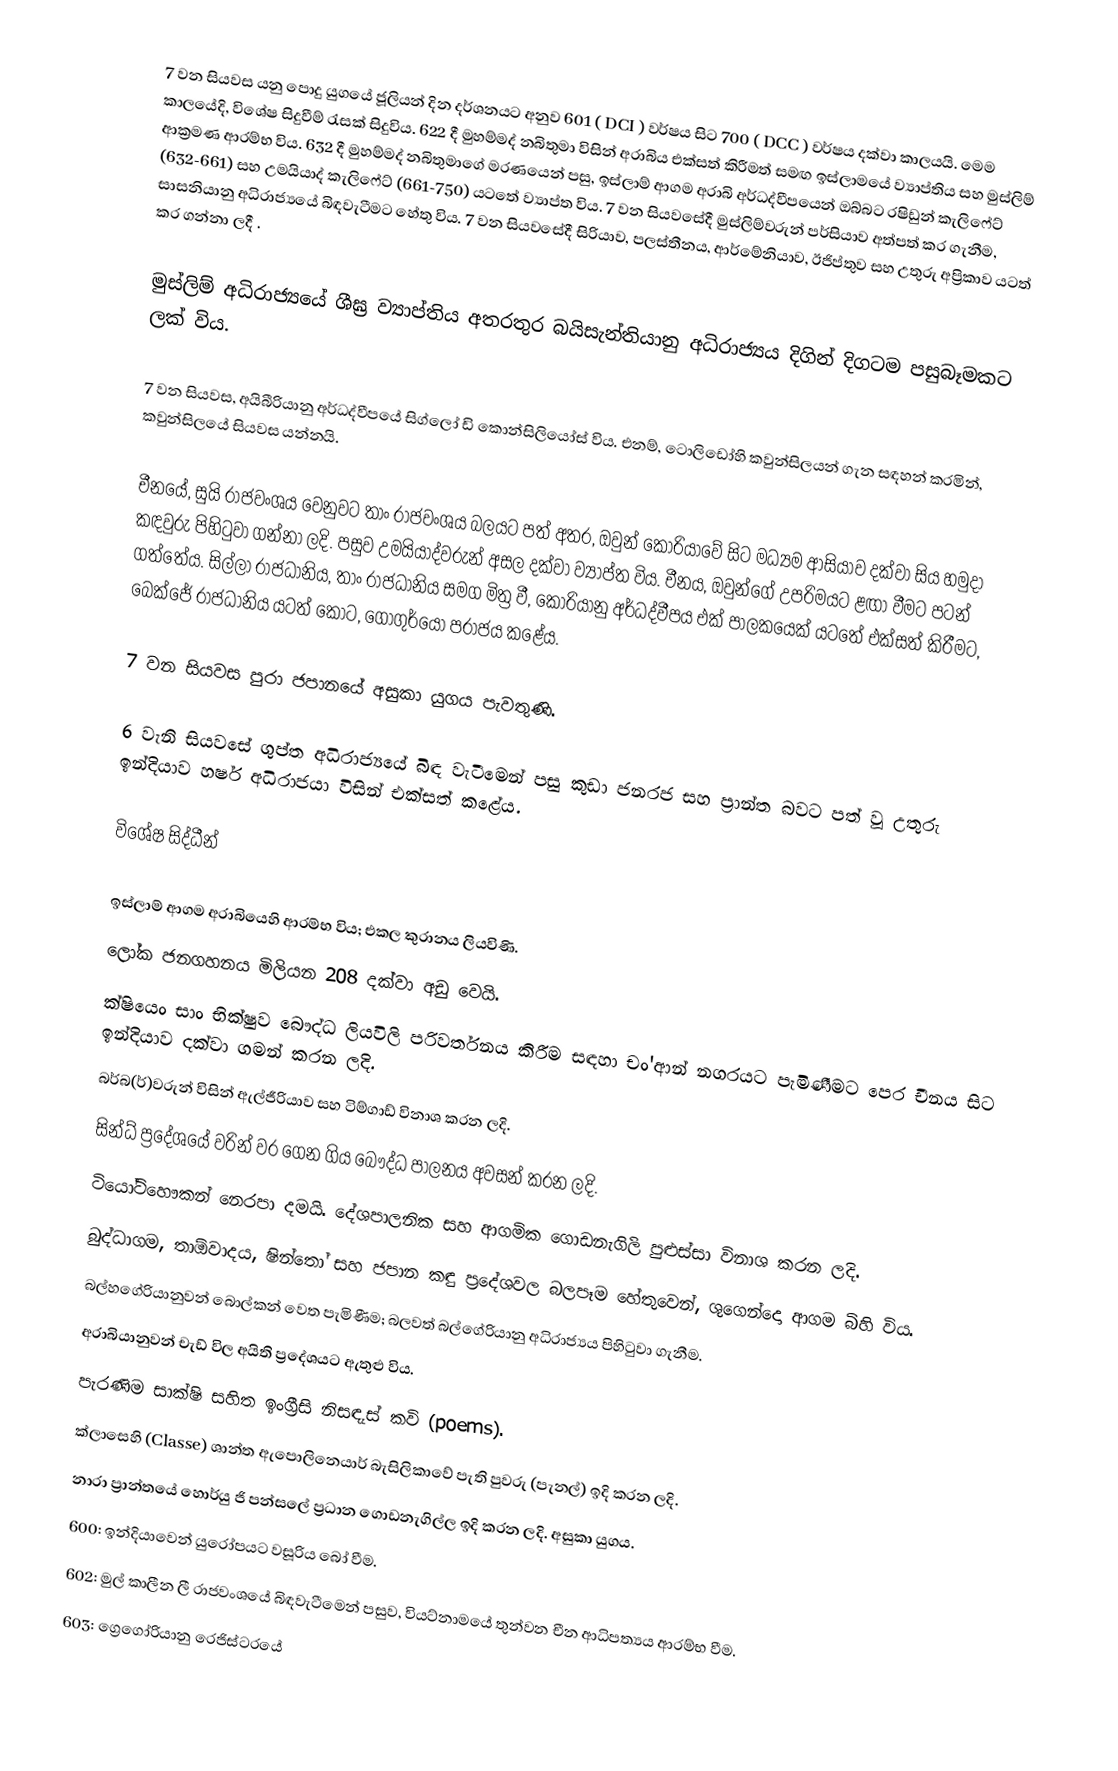
7 වන සියවස යනු පොදු යුගයේ ජූලියන් දින දර්ශනයට අනුව 601 ( DCI ) වර්ෂය සිට 700 ( DCC ) වර්ෂය දක්වා කාලයයි. මෙම කාලයේදි, විශේෂ සිදුවීම් රැසක් සිදුවිය. 622 දී මුහම්මද් නබිතුමා විසින් අරාබිය එක්සත් කිරීමත් සමඟ ඉස්ලාමයේ ව්‍යාප්තිය සහ මුස්ලිම් ආක්‍රමණ ආරම්භ විය. 632 දී මුහම්මද් නබිතුමාගේ මරණයෙන් පසු, ඉස්ලාම් ආගම අරාබි අර්ධද්වීපයෙන් ඔබ්බට රෂිඩුන් කැලිෆේට් (632-661) සහ උමයියාද් කැලිෆේට් (661-750) යටතේ ව්‍යාප්ත විය. 7 වන සියවසේදී මුස්ලිම්වරුන් පර්සියාව අත්පත් කර ගැනීම, සාසනියානු අධිරාජ්‍යයේ බිඳවැටීමට හේතු විය. 7 වන සියවසේදී සිරියාව, පලස්තීනය, ආර්මේනියාව, ඊජිප්තුව සහ උතුරු අප්‍රිකාව යටත් කර ගන්නා ලදී .

මුස්ලිම් අධිරාජ්‍යයේ ශීඝ්‍ර ව්‍යාප්තිය අතරතුර බයිසැන්තියානු අධිරාජ්‍යය දිගින් දිගටම පසුබෑමකට ලක් විය.

7 වන සියවස, අයිබීරියානු අර්ධද්වීපයේ සිග්ලෝ ඩි කොන්සිලියෝස් විය. එනම්, ටොලිඩෝහි කවුන්සිලයන් ගැන සඳහන් කරමින්, කවුන්සිලයේ සියවස යන්නයි.

චීනයේ, සුයි රාජවංශය වෙනුවට තාං රාජවංශය බලයට පත් අතර, ඔවුන් කොරියාවේ සිට මධ්‍යම ආසියාව දක්වා සිය හමුදා කඳවුරු පිහිටුවා ගන්නා ලදි. පසුව උමයියාද්වරුන් අසල දක්වා ව්‍යාප්ත විය. චීනය, ඔවුන්ගේ උපරිමයට ළඟා වීමට පටන් ගත්තේය. සිල්ලා රාජධානිය, තාං රාජධානිය සමග මිත්‍ර වී, කොරියානු අර්ධද්වීපය එක් පාලකයෙක් යටතේ එක්සත් කිරීමට, බෙක්ජේ රාජධානිය යටත් කොට, ගොගුර්යෝ පරාජය කළේය.

7 වන සියවස පුරා ජපානයේ අසුකා යුගය පැවතුණි.

6 වැනි සියවසේ ගුප්ත අධිරාජ්‍යයේ බිඳ වැටීමෙන් පසු කුඩා ජනරජ සහ ප්‍රාන්ත බවට පත් වූ උතුරු ඉන්දියාව හර්ෂ අධිරාජයා විසින් එක්සත් කළේය.

විශේෂ සිද්ධීන්

 ඉස්ලාම් ආගම අරාබියෙහි ආරම්භ විය; එකල කුරානය ලියවිණි.
 ලෝක ජනගහනය මිලියන 208 දක්වා අඩු වෙයි.
 ක්ෂියෙං සාං භික්ෂුව බෞද්ධ ලියවිලි පරිවර්තනය කිරීම සඳහා චං'ආන් නගරයට පැමිණීමට පෙර චීනය සිට ඉන්දියාව දක්වා ගමන් කරන ලදි.
 බර්බ(ර්)වරුන් විසින් ඇල්ජීරියාව සහ ටිම්ගාඩ් විනාශ කරන ලදි.
 සින්ධ් ප්‍රදේශයේ වරින් වර ගෙන ගිය බෞද්ධ පාලනය අවසන් කරන ලදි.
 ටියෝටිහෞකන් නෙරපා දමයි. දේශපාලනික සහ ආගමික ගොඩනැගිලි පුළුස්සා විනාශ කරන ලදි.
 බුද්ධාගම, තාඕවාදය, ෂින්තෝ සහ ජපාන කඳු ප්‍රදේශවල බලපෑම හේතුවෙන්, ශුගෙන්දො ආගම බිහි විය.
 බල්හගේරියානුවන් බොල්කන් වෙත පැමිණීම; බලවත් බල්ගේරියානු අධිරාජ්‍යය පිහිටුවා ගැනීම.
 අරාබියානුවන් චැඩ් විල අයිති ප්‍රදේශයට ඇතුළු විය.
 පැරණිම සාක්ෂි සහිත ඉංග්‍රීසි නිසඳැස් කවි (poems).
 ක්ලාසෙහි (Classe) ශාන්ත ඇපොලිනෙයාර් බැසිලිකාවේ පැති පුවරු (පැනල්) ඉදි කරන ලදි.
 නාරා ප්‍රාන්තයේ හොර්යු ජි පන්සලේ ප්‍රධාන ගොඩනැගිල්ල ඉදි කරන ලදි. අසුකා යුගය.
 600: ඉන්දියාවෙන් යුරෝපයට වසූරිය බෝ වීම.
 602: මුල් කාලීන ලී රාජවංශයේ බිඳවැටීමෙන් පසුව,  වියට්නාමයේ තුන්වන චීන ආධිපත්‍යය ආරම්භ වීම.
 603: ග්‍රෙගෝරියානු රෙජිස්ටරයේ